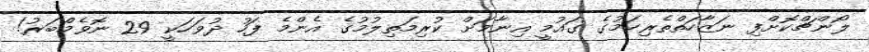
ލޯންޗްކޮށްފި ނަޒާހަތްތެރިކަމުގެ ގައުމީ އިނާމަށް ކުރިމަތިލުމުގެ އެންމެ ފަހު ދުވަހަކީ 29 ނޮވެމްބަރު!